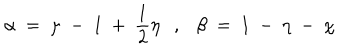
\alpha ~ = ~ \mu ~ - ~ 1 ~ + ~ \frac { 1 } { 2 } \eta , \beta ~ = ~ 1 ~ - ~ \eta ~ - ~ \chi